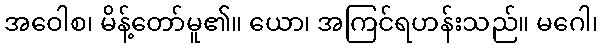
အဝေါစ၊ မိန့်တော်မူ၏။ ယော၊ အကြင်ရဟန်းသည်။ မဂေါ၊